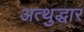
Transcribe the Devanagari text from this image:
अत्थुद्धार